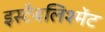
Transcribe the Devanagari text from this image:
इस्टैबलिश्मेंट